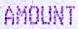
AMOUNT